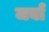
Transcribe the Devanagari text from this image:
जबाँ